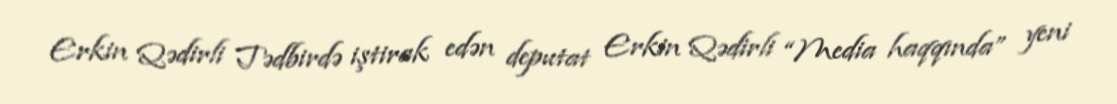
Erkin Qədirli Tədbirdə iştirak edən deputat Erkin Qədirli “Media haqqında” yeni